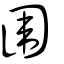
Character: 圍